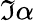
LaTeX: \mathfrak{I}\alpha